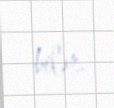
bilər.